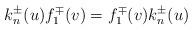
LaTeX: \begin{align*}k_{n}^{\pm}(u)f_{1}^{\mp}(v)=f_{1}^{\mp}(v)k_{n}^{\pm}(u)\end{align*}